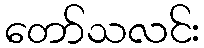
တော်သလင်း